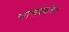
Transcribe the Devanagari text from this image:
चाणक्यांच्या